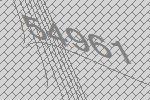
54961